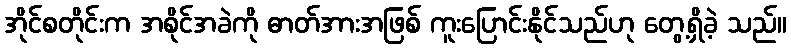
အိုင်စတိုင်းက အစိုင်အခဲကို ဓာတ်အားအဖြစ် ကူးပြောင်းနိုင်သည်ဟု တွေ့ရှိခဲ့ သည်။